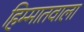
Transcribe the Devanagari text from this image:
हिम्मातवाला